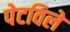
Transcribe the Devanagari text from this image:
पेटविले